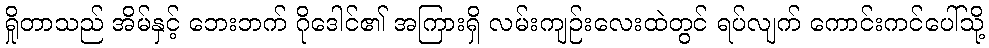
ရှိုတာသည် အိမ်နှင့် ဘေးဘက် ဂိုဒေါင်၏ အကြားရှိ လမ်းကျဉ်းလေးထဲတွင် ရပ်လျက် ကောင်းကင်ပေါ်သို့